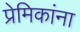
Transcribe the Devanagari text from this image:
प्रेमिकांना